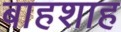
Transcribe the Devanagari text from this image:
बाहशाह